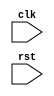
module synchronous_behavior (
    input wire clk,
    input wire rst,
    // other input/output signals
);

always @(posedge clk or negedge rst) begin
    if (!rst) begin
        // reset condition
        // reset all output signals to default values
    end else begin
        // synchronous logic
        // update output signals based on clock signal
    end
end

endmodule